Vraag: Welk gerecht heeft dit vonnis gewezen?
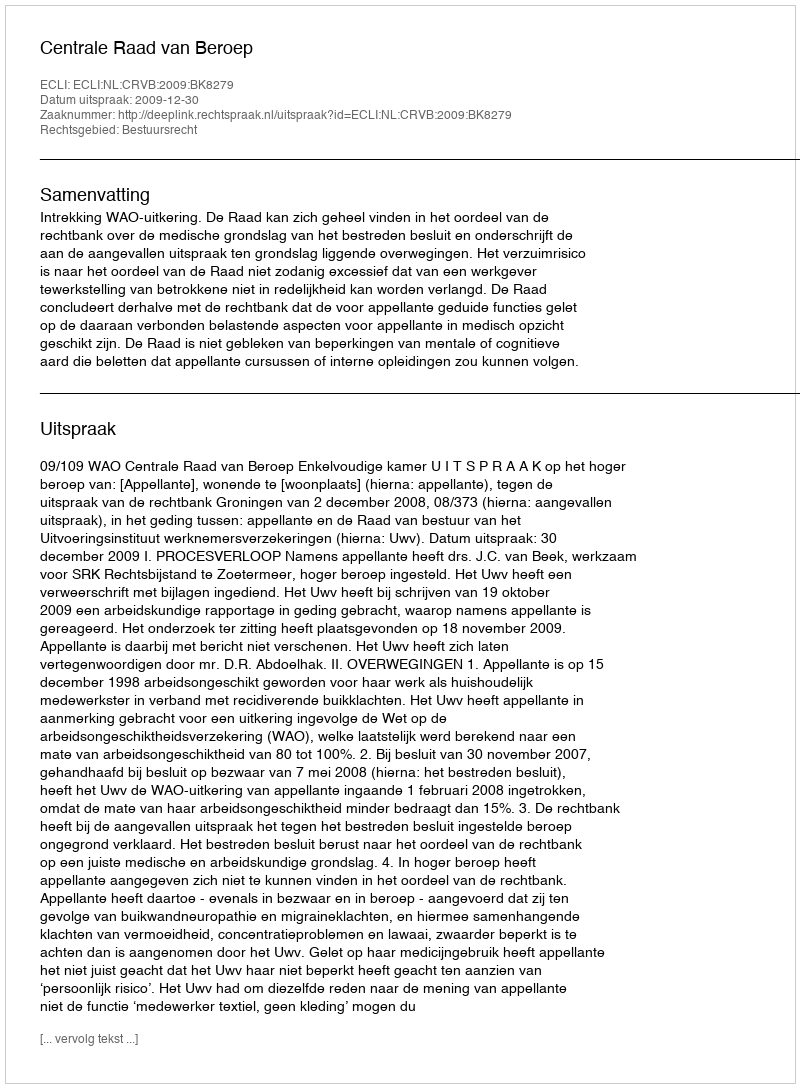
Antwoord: Centrale Raad van Beroep